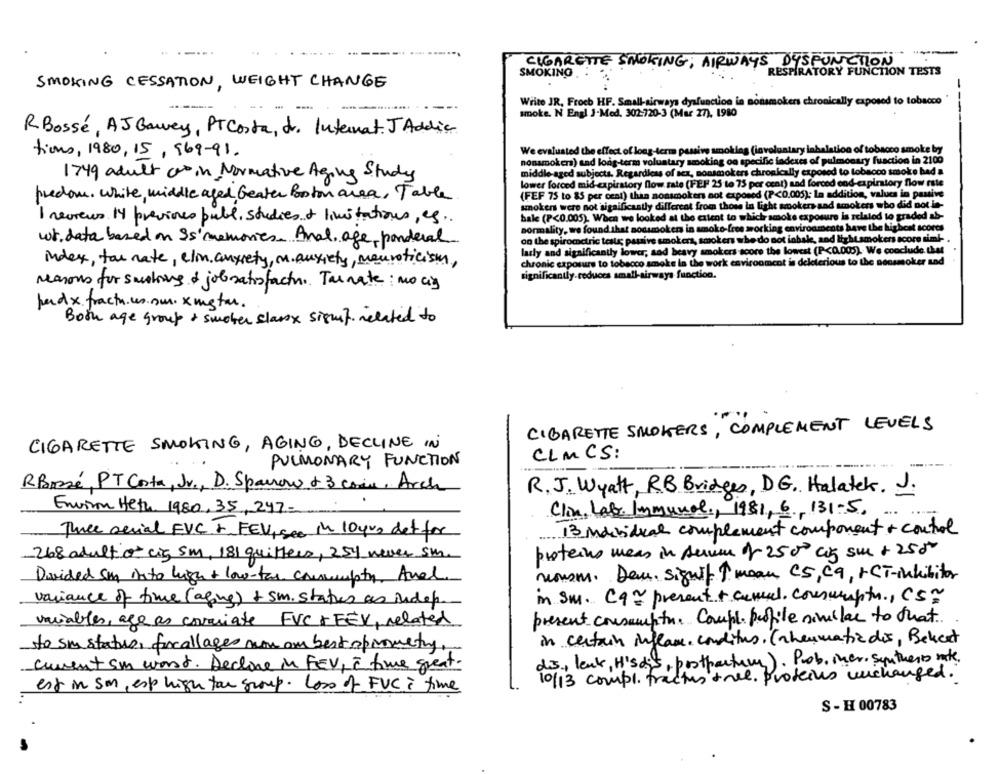
CIGARETTE SMOKING; AIRWAYS DYSFUNCTION
RESPIRATORY FUNCTION TESTS
SMOKING
SMOKING CESSATION, WEIGHT CHANGE
Write JR, Froeh HF. Small-airways dysfunction in nonsmokers chronically exposed to tobacco
--
---
smoke. N Engl J-Med. 302-720-3 (Mar 27), 1980
RBossé, AJ Gawey, PTCosta, dr. Internat. JAddie
tions, 1980, 15, 969-91.
We evaluated the effect of long-term passive smoking (involunta
halation of tobacco smoke by
nonsmokers) and long-term voluntary smoking on specific indexes of pulmonary fuaction in 2100
middle-aged subjects. Regardless of sex, nonsmokers chronically exposed to tobacco smoke had a
1749 adult cars in Normative Aging Study
lower forced mid-expirstory flow rate (FEP 25 to 75 per cent) and forced end-espirstory flow rate
(FEF 75 to 85 per cent) than nonsmokers not exposed (P<0.005); In addition, values in passive
predom. White, middle aged beater Boston area, Table
smokers were not significantly different from those in light smokers and smokers who did not in-
bale (P<0.005). When we looked at the extent to whichr smoke exposure la relaled to graded ab-
1 reviews 14 previores publ, studies + limitations, es ..
normality, we found that sodsmokers in amoko-free working environments have the highest scores
on the spiromctric test; passive smokers, smokers whe do not inhale, and lightsmokers score simi-
wt. data based on Ss memories. Anal, age, ponderal
larly and significantly lower, sad beavy smokers score the lowest (P<0.005). We conclude that
index, tar nate, elin, anxiety, m. anxiety, mauroticism,
chronic exposure to tobacco smoke la the work environment is deleterious to the nonsmoker and
significantly-reduces small-airways function.
reasons for smoking & job satisfaction. Tarrate: no cia
perdx. fractu.us.sur. xmgta.
Both age group + smoker class signif related to
CIGARETTE SMOKERS, COMPLEMENT LEVELS
CIGARETTE SMOKING, AGING, DECLINE IN
CLMCS:
PULMONARY FUNCTION
RBossé, PT Costa, Jr ., D. Sparrow + 3 coma. Arch
R.J. Wyatt, RB Bridges, D.G. Halatek. J.
Environ Hetz 1980, 35, 247-
Clin, Late Immunol ., 1981, 6, 131.5.
Twee serial FVC F FEV, see in 10yrs det for
13 individual complement component + control
268 adulto cis sm, 181 quilters, 254 never sm.
proteins meas in serum A 2500 cig sur + 2580
Divided San into high + low-tas conempty. Anal
nousm. Deux. signif 1. menu CS, Ca, +CT-inhibitor
variance of time (aging) + sm. states as indep.
in sm. Cq present + cumul. commeptu, CS
present consumptie. Compl. profile similar to that .. .
variables, age as covariate FVC +EEX, related
in certain inflam. conditus. (rheumatic dis, Bekert
to su statue, focallages non om best oprometry
ds, leuk, Hisdis, porothertury). Prob. iner. synthesis note.
current su worst. Decline in FEV, ¿ time great.
10/13 compl. fractus tree. proteins unchanged.
est in sm, esp high fan group. Loss of FVC I time
S - H 00783